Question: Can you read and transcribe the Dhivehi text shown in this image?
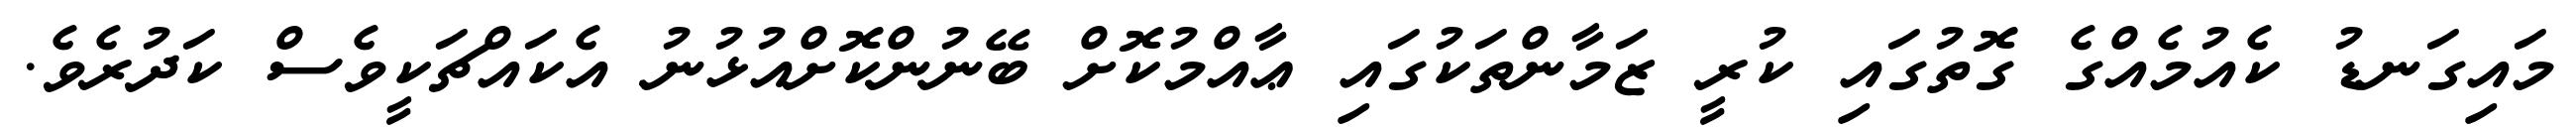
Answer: މައިގަނޑު ކެއުމެއްގެ ގޮތުގައި ކުރީ ޒަމާންތަކުގައި ޢާއްމުކޮށް ބޭނުންކޮށްއުޅުނު އެކައްޗަކީވެސް ކަދުރެވެ.